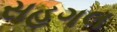
સહગલ